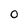
Character: 0